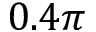
0 . 4 \pi